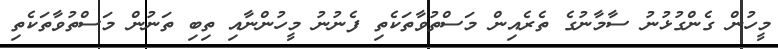
މީހުން ގެންގުޅުނު ސާމާނުގެ ތެރެއިން މަސްތުވާތަކެތި ފެނުނު މީހުންނާއި ތިބި ތަނުން މަސްތުވާތަކެތި